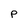
Character: P